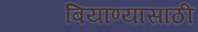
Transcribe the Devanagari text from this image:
बियाण्यासाठी